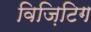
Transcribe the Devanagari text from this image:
विज़िटिग